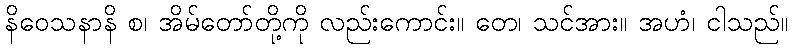
နိဝေသနာနိ စ၊ အိမ်တော်တို့ကို လည်းကောင်း။ တေ၊ သင်အား။ အဟံ၊ ငါသည်။